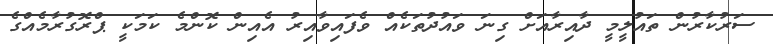
ސަރުކާރުން ތައުލީމީ ދާއިރާއަށް ގިނަ ވައުދުތަކެއް ވެފައިވާއިރު އެއިން ކޮންމެ ކަމަކީ ޕްރޮގުރާމެއްގެ